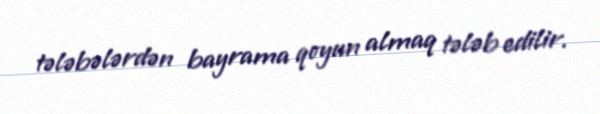
tələbələrdən bayrama qoyun almaq tələb edilir.